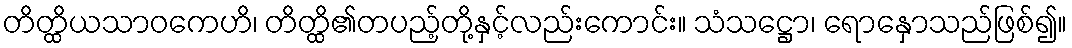
တိတ္ထိယသာဝကေဟိ၊ တိတ္ထိ၏တပည့်တို့နှင့်လည်းကောင်း။ သံသဋ္ဌော၊ ရောနှောသည်ဖြစ်၍။